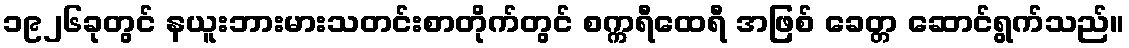
၁၉၂၆ခုတွင် နယူးဘားမားသတင်းစာတိုက်တွင် စက္ကရီထေရီ အဖြစ် ခေတ္တ ဆောင်ရွက်သည်။